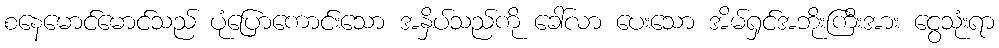
စနေမောင်မောင်သည် ပုံပြောကောင်းသော အနှိပ်သည်ကို ခေါ်လာ ပေးသော အိမ်ရှင်အဘိုးကြီးအား ငွေသုံးရာ